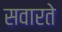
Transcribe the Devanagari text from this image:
सवारते